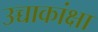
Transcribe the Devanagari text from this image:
उच्चाकांक्षा